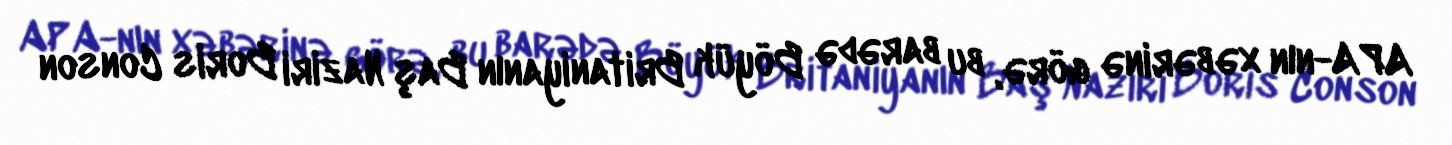
APA-nın xəbərinə görə, bu barədə Böyük Britaniyanın Baş Naziri Boris Conson